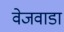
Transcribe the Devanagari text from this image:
वेजवाडा